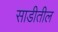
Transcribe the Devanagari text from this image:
साडीतील